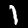
Label: 1